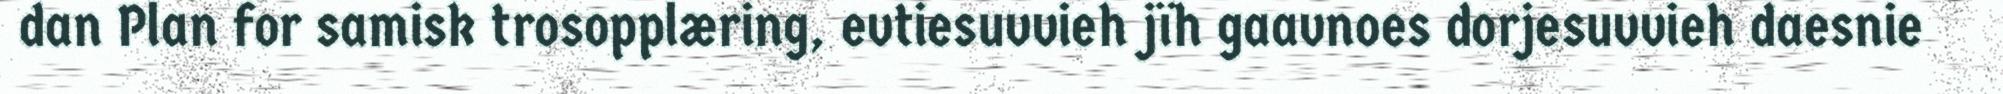
dan Plan for samisk trosopplæring, evtiesuvvieh jïh gaavnoes dorjesuvvieh daesnie